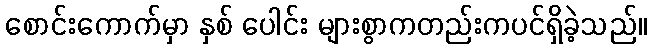
စောင်းကောက်မှာ နှစ် ပေါင်း များစွာကတည်းကပင်ရှိခဲ့သည်။